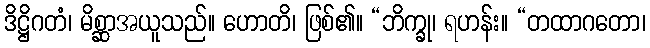
ဒိဋ္ဌိဂတံ၊ မိစ္ဆာအယူသည်။ ဟောတိ၊ ဖြစ်၏။ “ဘိက္ခု၊ ရဟန်း။ “တထာဂတော၊